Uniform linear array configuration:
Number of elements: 16
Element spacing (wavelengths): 0.75
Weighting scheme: hann
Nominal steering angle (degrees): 30
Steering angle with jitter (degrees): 28.313
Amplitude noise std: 0.05
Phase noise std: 0.05

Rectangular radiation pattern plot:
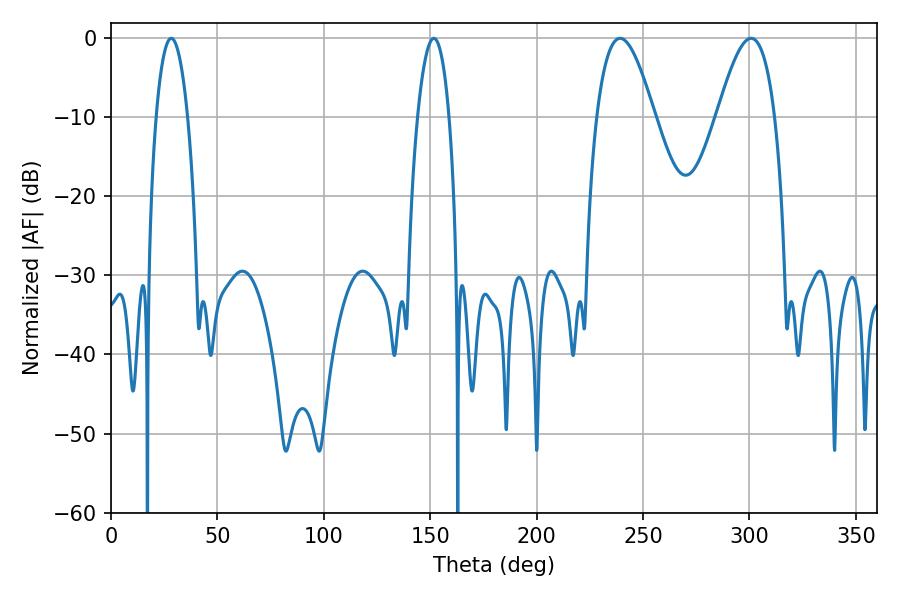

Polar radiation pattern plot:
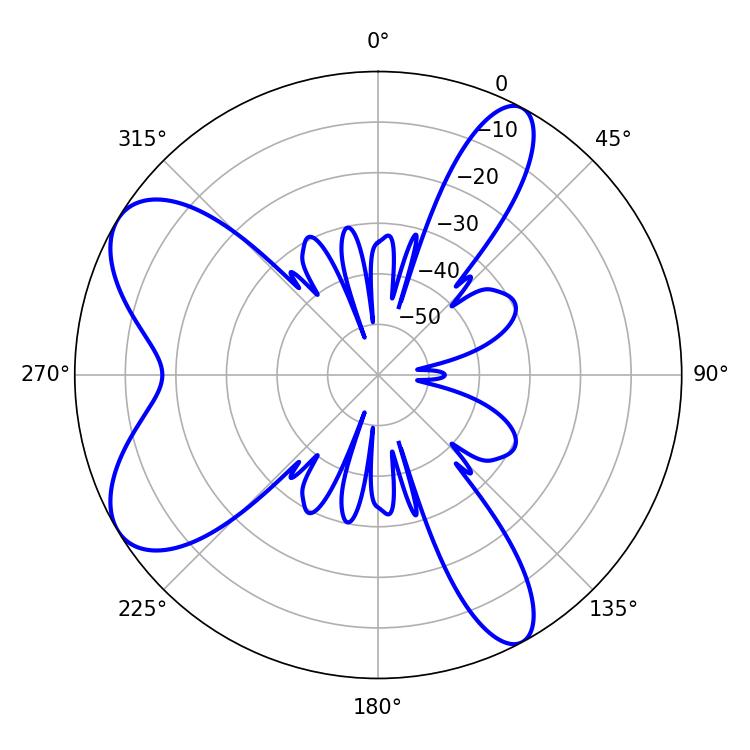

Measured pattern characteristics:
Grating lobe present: TRUE
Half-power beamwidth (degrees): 14.58
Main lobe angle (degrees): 239.22